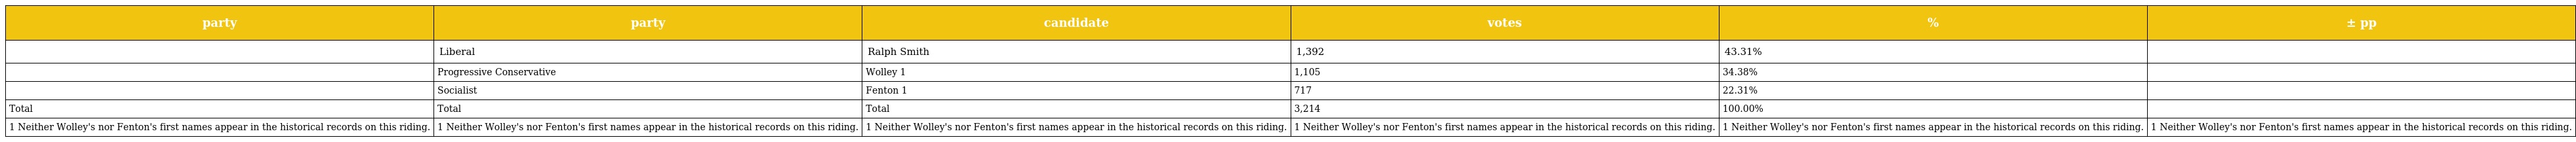
| party | party | candidate | votes | % | ± pp |
 | --- | --- | --- | --- | --- | --- |
 |  | Liberal | Ralph Smith | 1,392 | 43.31% |  |
 |  | Progressive Conservative | Wolley 1 | 1,105 | 34.38% |  |
 |  | Socialist | Fenton 1 | 717 | 22.31% |  |
 | Total | Total | Total | 3,214 | 100.00% |  |
 | 1 Neither Wolley's nor Fenton's first names appear in the historical records on this riding. | 1 Neither Wolley's nor Fenton's first names appear in the historical records on this riding. | 1 Neither Wolley's nor Fenton's first names appear in the historical records on this riding. | 1 Neither Wolley's nor Fenton's first names appear in the historical records on this riding. | 1 Neither Wolley's nor Fenton's first names appear in the historical records on this riding. | 1 Neither Wolley's nor Fenton's first names appear in the historical records on this riding. |